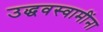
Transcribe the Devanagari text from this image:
उद्धवस्वामींना